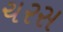
ચરસ